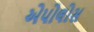
એપોલોસ